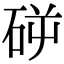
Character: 𥑺